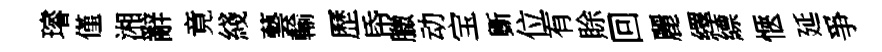
璿僅湘辭竟綫藝輸歷帋臘动宝斵位有賖回麗繹縹愜延爭